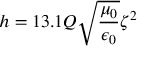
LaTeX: h = 1 3 . 1 Q { \sqrt { \frac { \mu _ { 0 } } { \epsilon _ { 0 } } } } \zeta ^ { 2 }